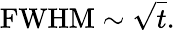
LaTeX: \mathrm{{FWHM}}\sim{\sqrt{t}}.